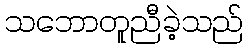
သဘောတူညီခဲ့သည်